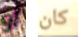
أو كان